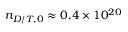
n _ { D / T , 0 } \approx 0 . 4 \times 1 0 ^ { 2 0 }